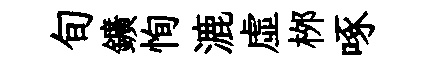
旬鑛恂漉虚桞啄